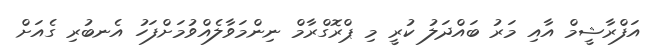
އަފްރާޝީމް އާއި މަރު ބައްދަލު ކުރީ މި ޕްރޮގްރާމް ނިންމަވާލެއްވުމަށްފަހު އެނބުރި ގެއަށް